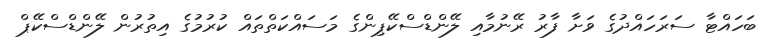
ބަހައްޓާ ސަރަހައްދުގެ ވަށާ ފާރު ރޭނުމާއި ލޭންޑްސްކޭޕިންގެ މަސައްކަތްތައް ކުރުމުގެ އިތުރުން ލޭންޑްސްކޭޕް